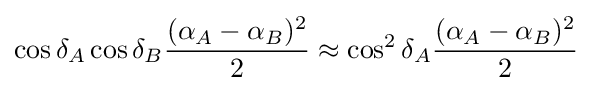
\cos \delta _{A}\cos \delta _{B}{\frac {(\alpha _{A}-\alpha _{B})^{2}}{2}}\approx \cos ^{2}\delta _{A}{\frac {(\alpha _{A}-\alpha _{B})^{2}}{2}}